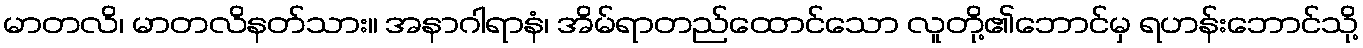
မာတလိ၊ မာတလိနတ်သား။ အနာဂါရာနံ၊ အိမ်ရာတည်ထောင်သော လူတို့၏ဘောင်မှ ရဟန်းဘောင်သို့